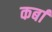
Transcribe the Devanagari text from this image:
कर्बा